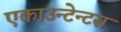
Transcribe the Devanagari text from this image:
एकाउन्टेन्टस